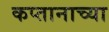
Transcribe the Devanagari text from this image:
कप्तानाच्या